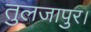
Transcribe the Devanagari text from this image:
तुलजापुर।